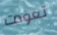
تعودت